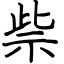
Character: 祡